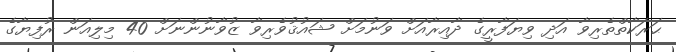
ޙަރަކާތްތެރިވާ އަދި ވިޔަފާރީގެ ދާއިރާއަށް ވަނުމަށް ޝައުޤުވެރިވާ ޒުވާނުންނަށް 40 މިލިއަން ރުފިޔާގެ